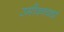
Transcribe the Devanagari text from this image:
उमीवनवर्षा